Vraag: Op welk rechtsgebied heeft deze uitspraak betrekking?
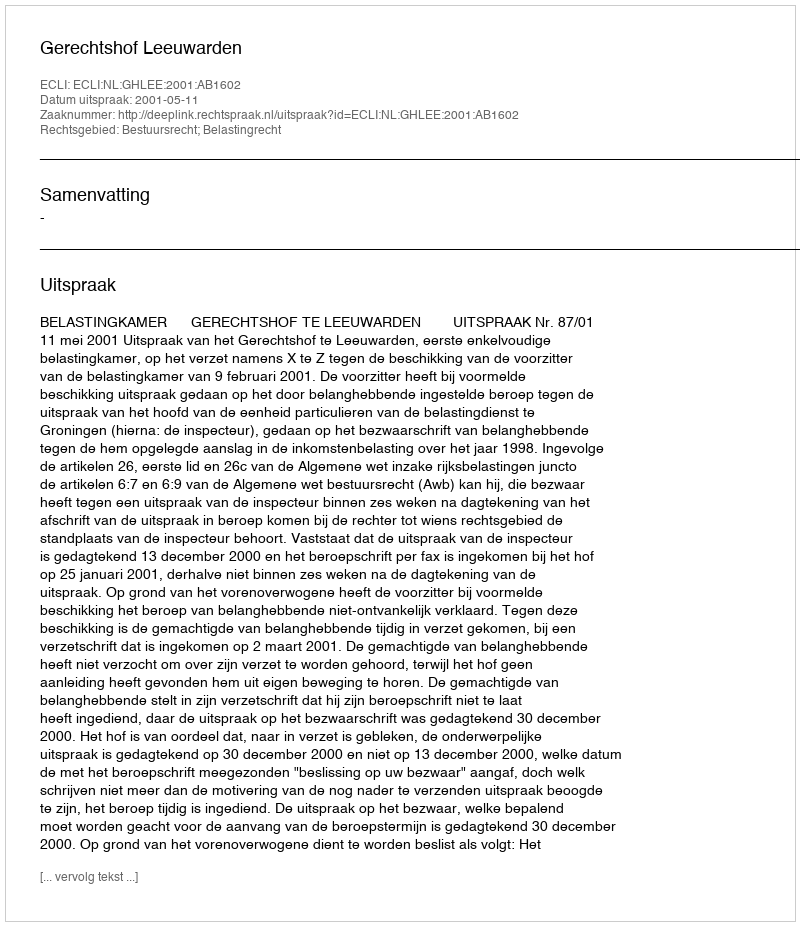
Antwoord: Bestuursrecht; Belastingrecht